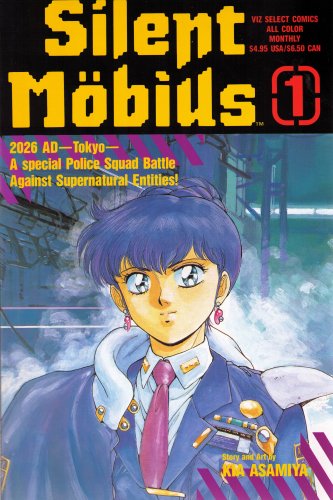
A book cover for Silent Mobius (Cyber Psychic City: Chapter 1, Part 1, #1); Comics & Graphic Novels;